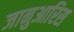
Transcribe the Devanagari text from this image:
जानुआरिस